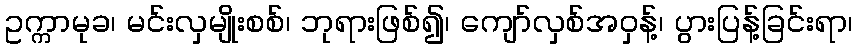
ဥက္ကာမုခ၊ မင်းလှမျိုးစစ်၊ ဘုရားဖြစ်၍၊ ကျော်လှစ်အဝှန့်၊ ပွားပြန့်ခြင်းရာ၊